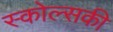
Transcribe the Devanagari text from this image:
स्कोल्सकी